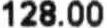
128.00